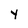
Character: y